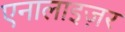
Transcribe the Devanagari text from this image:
एनालाइज़र